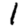
Digit: 1